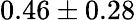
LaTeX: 0.46\pm 0.28